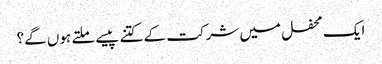
ایک محفل میں شرکت کے کتنے پیسے ملتے ہوں گے؟